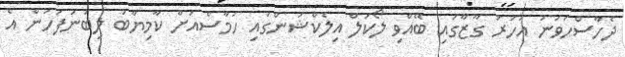
ދެހާސްހަވަނަ އަހަރު ގާޒާގައި ބޭއްވި ލޯކަލް އިލެކްޝަންގައި ހަމާސްއަށް ކާމިޔާބު ލިބުނުފަހުން އެ